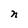
Character: n